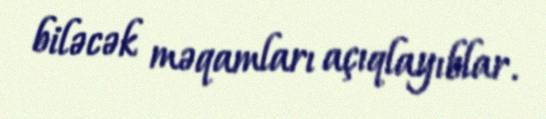
biləcək məqamları açıqlayıblar.